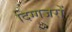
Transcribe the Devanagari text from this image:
दिग्गजरों